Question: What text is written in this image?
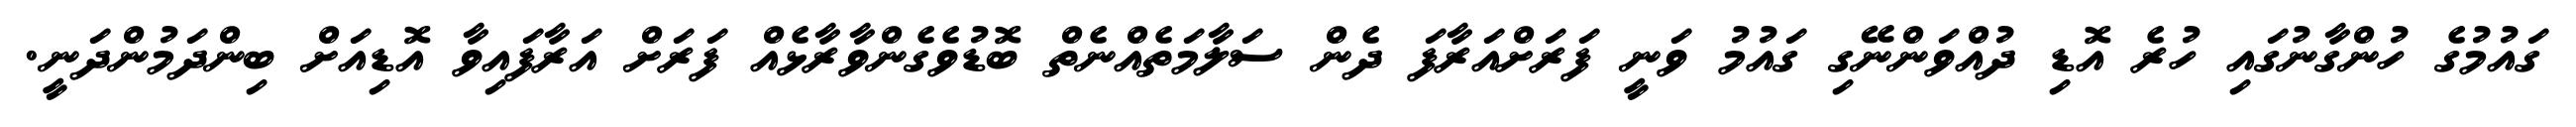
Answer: ގައުމުގެ ހުންގާނުގައި ހުރެ އޮޑި ދުއްވަންނޭގި ގައުމު ވަނީ ފަރަށްއަރާފަ ދެން ސަލާމަތެއްނެތް ބޮޑުވެގެންވާރާޅެއް ފަރަށް އަރާފައިވާ އޮޑިއަށް ބިންދަމުންދަނީ.